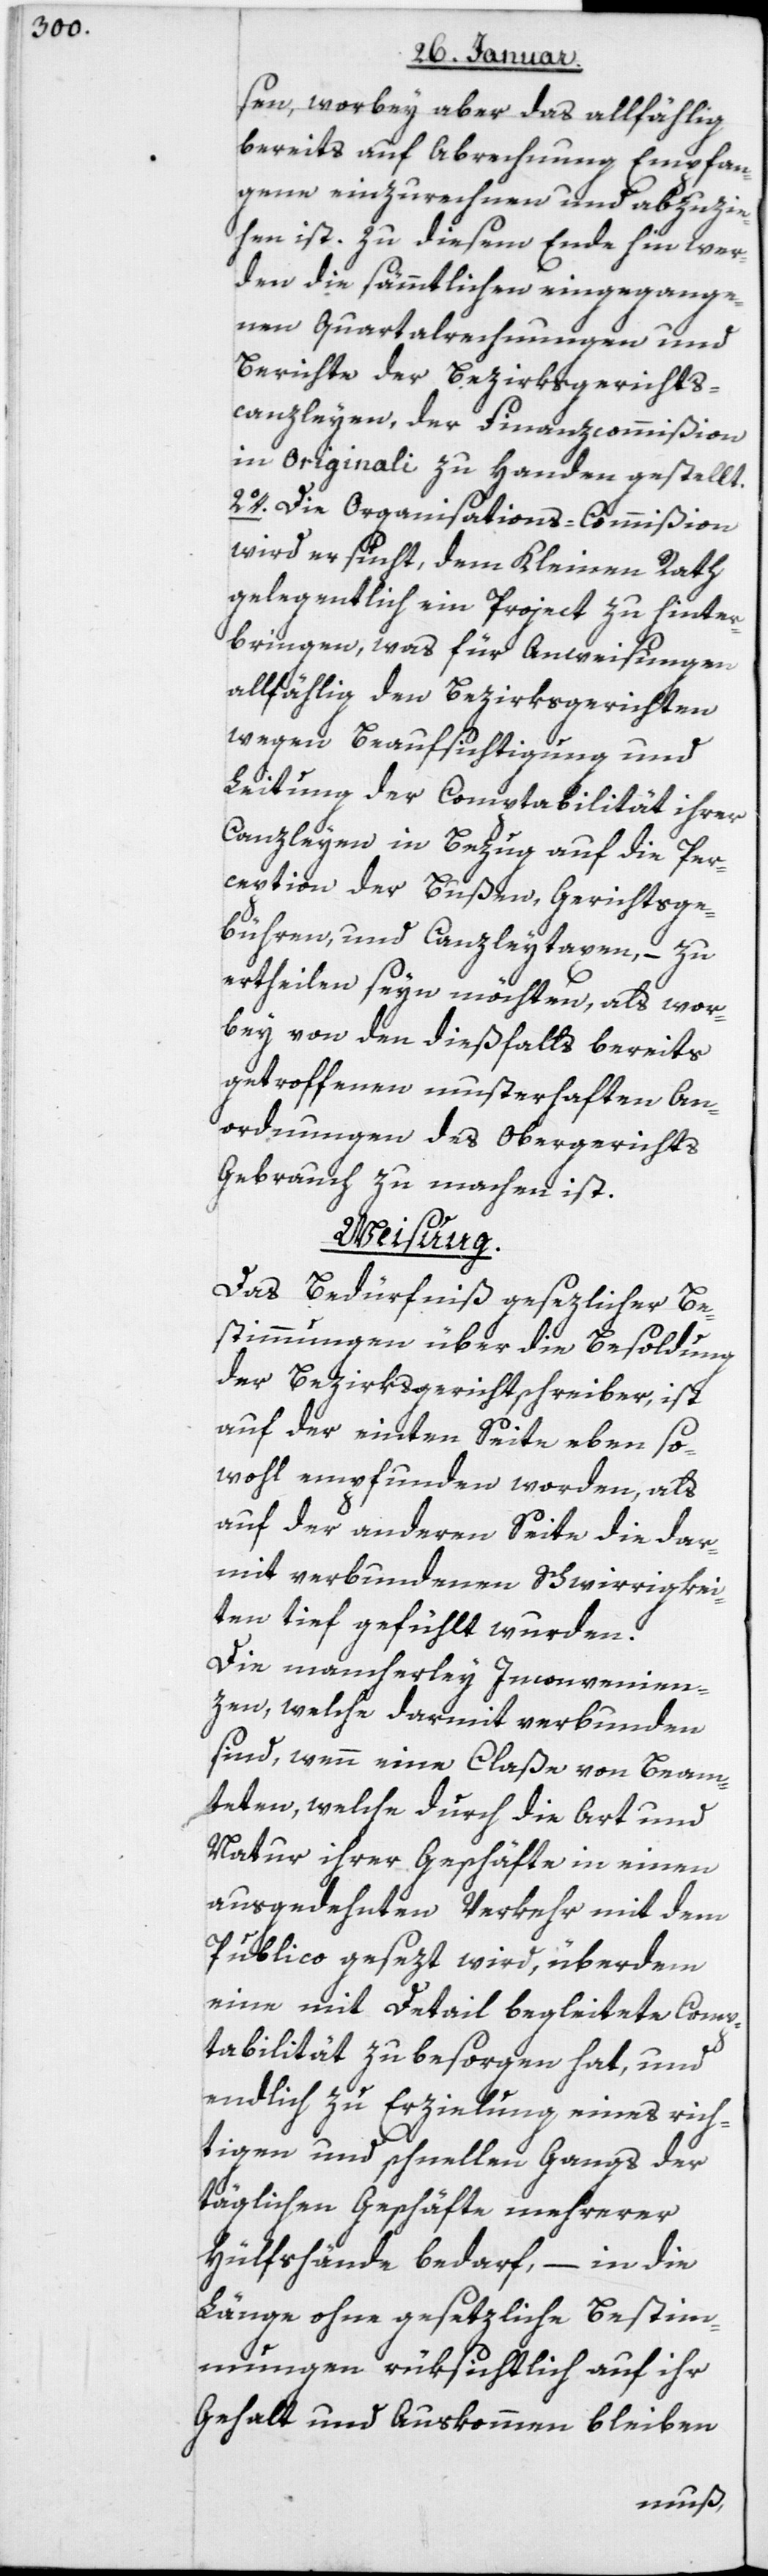
sen, worbey aber das allfällig
bereits auf Abrechnung Empfan¬
gene einzurechnen und abzuzie¬
hen ist. Zu diesem Ende hin wer¬
den die sämmtlichen eingegange¬
nen Quartalrechnungen und
Berichte der Bezirksgerichts¬
canzleyen, der Finanzcommißion
in Originali zu Handen gestellt.
2. Die Organisations-Commißion
wird ersucht, dem Kleinen Rath
gelegentlich ein Project zu hinter¬
bringen, was für Anweisungen
allfählig den Bezirksgerichten
wegen Beaufsichtigung und
Leitung der Comptabilität ihrer
Canzleyen in Bezug auf die Per¬
ception der Bußen, Gerichtsge¬
bühren und Canzleytaxen, – zu
ertheilen seyn möchten, als wor¬
bey von den dießfalls bereits
getroffenen musterhaften An¬
ordnungen des Obergerichts
Gebrauch zu machen ist.
Weisung.
Das Bedürfniß gesezlicher Be¬
stimmungen über die Besoldung
der Bezirksgerichtschreiber, ist
auf der einten Seite eben so¬
wohl empfunden worden, als
auf der anderen Seite die dar¬
mit verbundenen Schwierigkei¬
ten tief gefühlt wurden.
Die mancherley Inconvenien¬
zen, welche darmit verbunden
sind, wenn eine Claße von Beam¬
teten, welche durch die Art und
Natur ihrer Geschäfte in einen
ausgedehnten Verkehr mit dem
Publico gesezt wird, überdem
eine mit Detail begleitete Comp¬
tabilität zu besorgen hat, und
endlich zu Erzielung eines rich¬
tigen und schnellen Gangs der
täglichen Geschäfte mehrerer
Hülfshände bedarf, – in die
Länge ohne gesetzliche Bestim¬
mungen rüksichtlich auf ihr
Gehalt und Auskommen bleiben